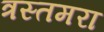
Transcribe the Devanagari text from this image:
त्रस्तमरा